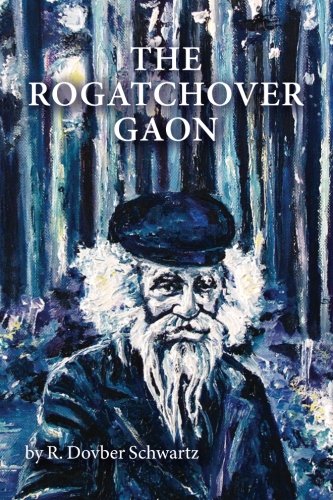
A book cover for The Rogatchover Gaon; R. Dovber Schwartz; Religion & Spirituality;